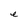
Character: e